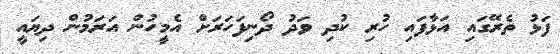
ފަޅު ތެރޭގައި އަޅާފައި ހުރި ކުދި ވަދު ދޯނިފަހަރަށް އެމީހުން އަރަމުން ދިޔައީ